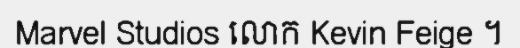
Marvel Studios លោក Kevin Feige ។